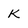
Character: K